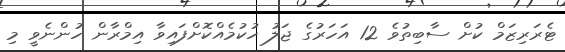
ޓެރަރިޒަމް ކުށް ސާބިތުވެ 12 އަހަރުގެ ޖަލު ހުކުމެއްކޮށްފައިވާ އިމްރާން ހުންނެވީ މި